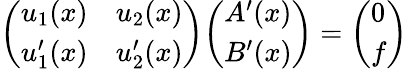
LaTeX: {\left(\begin{array}{ll}{u_{1}(x)}&{u_{2}(x)}\\ {u_{1}^{\prime}(x)}&{u_{2}^{\prime}(x)}\end{array}\right)}{\left(\begin{array}{l}{A^{\prime}(x)}\\ {B^{\prime}(x)}\end{array}\right)}={\left(\begin{array}{l}{0}\\ {f}\end{array}\right)}